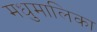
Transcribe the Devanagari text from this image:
मधुमालिका